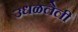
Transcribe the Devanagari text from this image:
उधळलेली